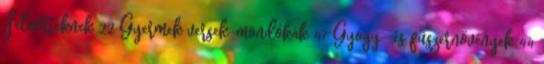
Felnőtteknek 22 Gyermek versek-mondókák 47 Gyógy- és füszernövények 44